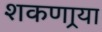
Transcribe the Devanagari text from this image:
शकणार्‍या